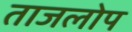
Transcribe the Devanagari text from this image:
ताजलोप